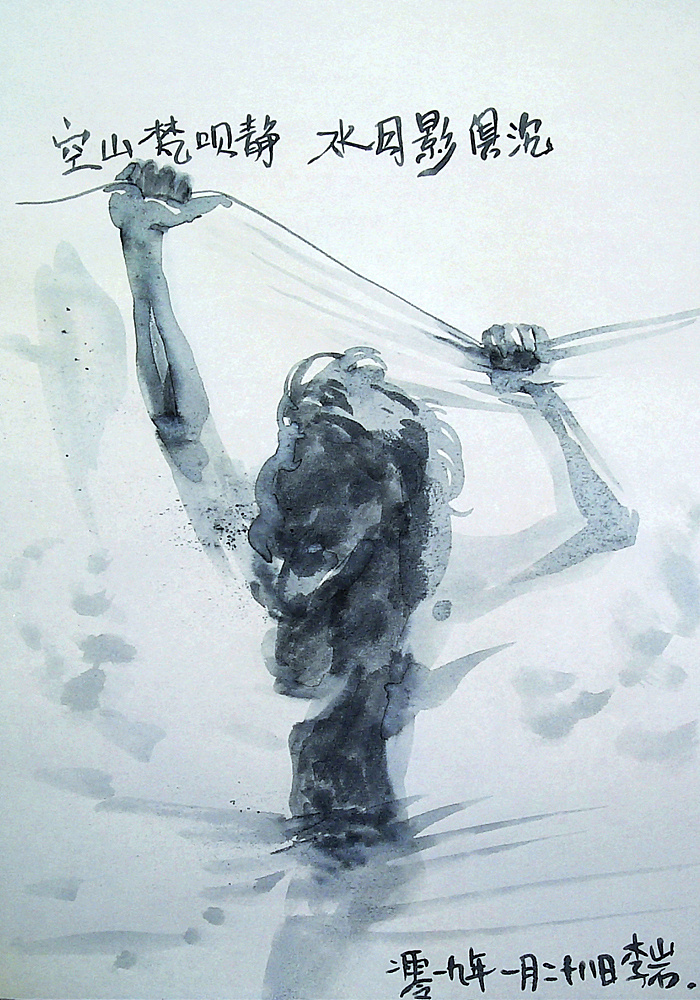
空山梵呗静，水月影俱沉。